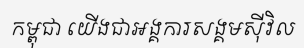
កម្ពុជា យើងជាអង្គការសង្គមស៊ីវិល